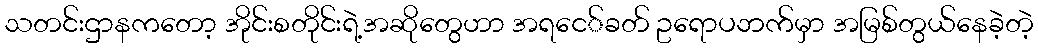
သတင်းဌာနကတော့ အိုင်းစတိုင်းရဲ့အဆိုတွေဟာ အရငေ်ခတ် ဥရောပဘက်မှာ အမြစ်တွယ်နေခဲ့တဲ့